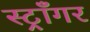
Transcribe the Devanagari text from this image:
स्ट्राँगर